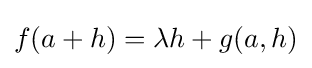
f(a+h)=\lambda h+g(a,h)